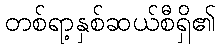
တစ်ရာ့နှစ်ဆယ်စီရှိ၏